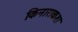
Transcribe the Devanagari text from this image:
किनाराकश